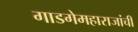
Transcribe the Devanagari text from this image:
गाडगेमहाराजांची